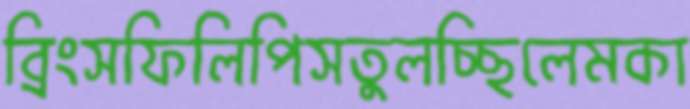
ব্রিংসফিলিপিসতুলচ্ছিলেমকা